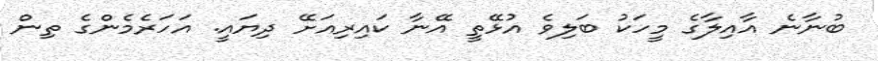
ބުނާނެ އާއިލާގެ މީހަކު ބަލިވެ އުޅޭތީ އޭނާ ކައިރިއަށޭ ދިޔައީ. އަހަރެމެންގެ ތިން